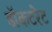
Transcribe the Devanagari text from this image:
डॉकटरेट